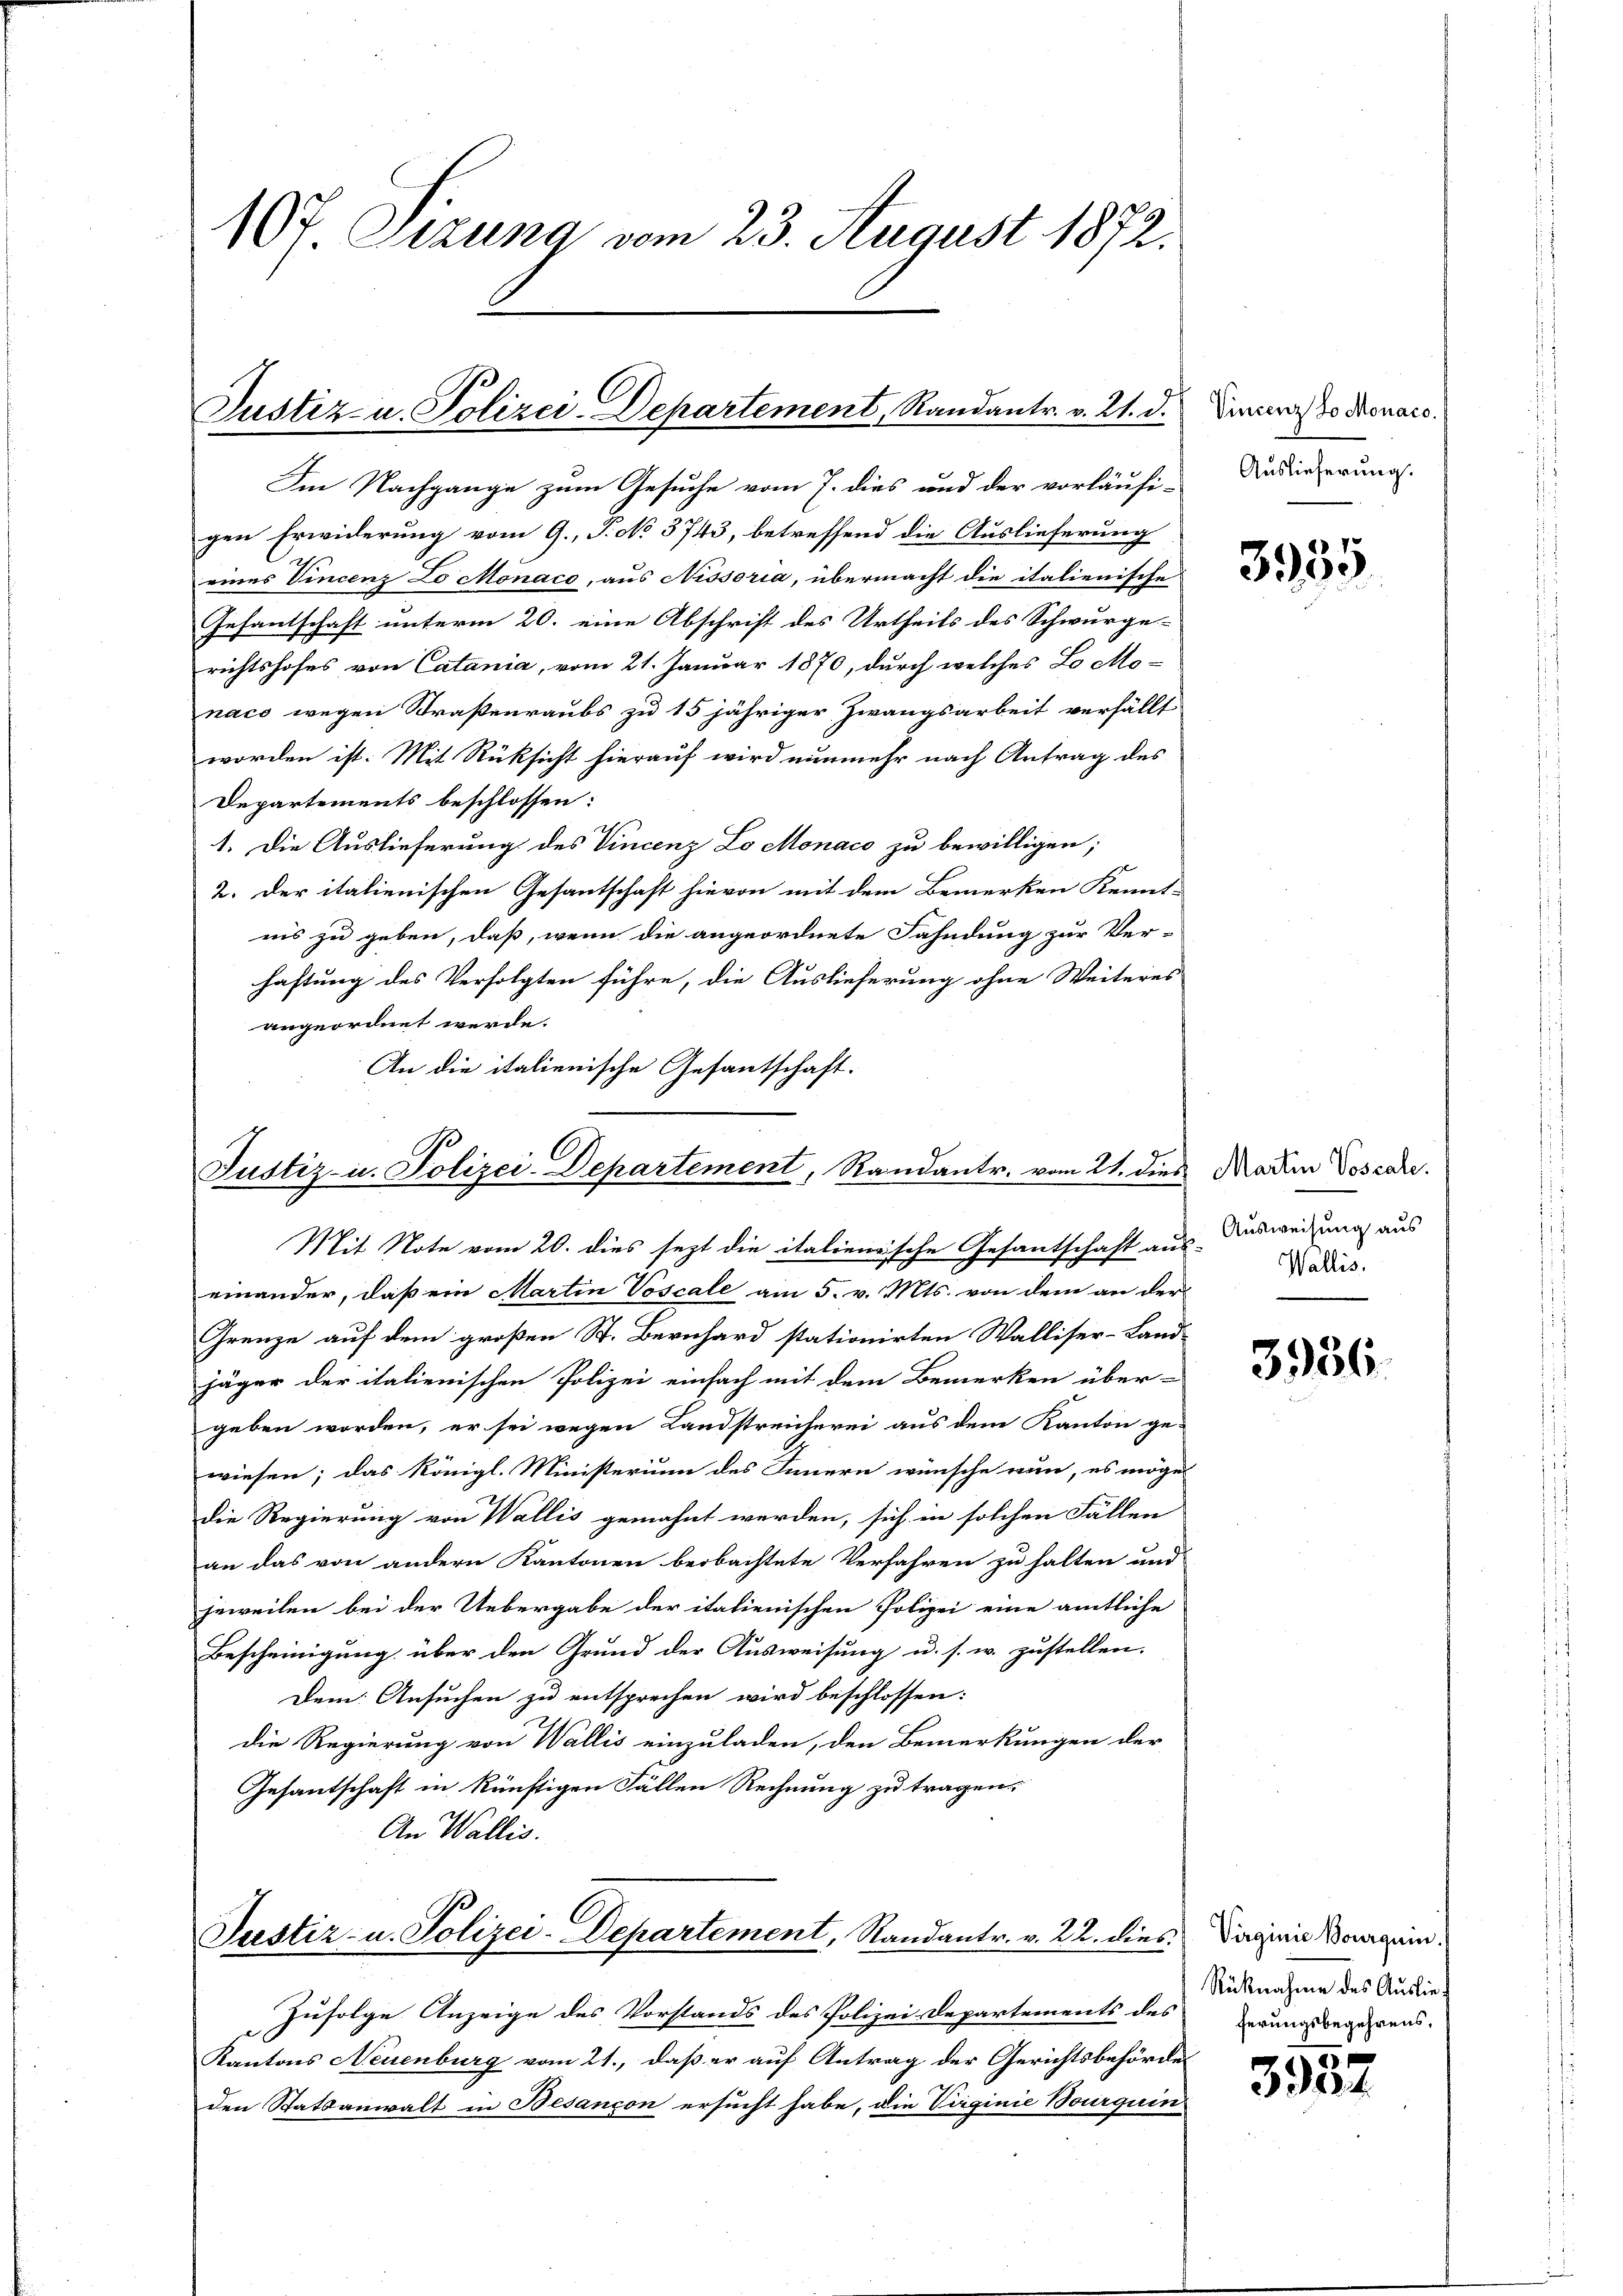
107 Etzung vom 23. August 1872.

Justiz u. Polizei-Departement, Randantr. v. 21. d.

Justiz- u. Polizei-Departement, Randantr. vom 21. dies Marie Doscere.
Mit Note vom 20. dies sezt die italienische Gesantschaft aus-

einander, daß ein Martin Voscale am 5. v. Mts. von dem an der
Grenze auf dem großen St. Bernhard stationirten Walliser-Land-
jäger der italienischen Polizei einfach mit dem Bemerken über-
geben worden, er sei wegen Landstreicherei aus dem Kanton ge-
wiesen; das königl. Ministerium des Innern wünsche nun, es möge
die Regierung von Wallis gemahnt werden, sich in solchen Fällen
an das von andern Kantonen beobachtete Verfahren zu halten und
jeweilen bei der Uebergabe der italienischen Polizei eine amtliche
Bescheinigung über den Grund der Ausweisung u. s. w. zustellen.
Dem Ansuchen zu entsprechen wird beschlossen:
die Regierung von Wallis einzuladen, den Bemerkungen der
Gesantschaft in künftigen Fällen Rechnung zu tragen,
An Wallis.

eines Vincenz Lo Monaco, aus Nissoria, übermacht die italienische
Gesantschaft unterm 20. eine Abschrift des Urtheils des Schwurge-
richtshofes von Catania, vom 21. Januar 1870, durch welches Lo Mo-
naco wegen Straßenraubs zu 15 jähriger Zwangsarbeit verfällt
worden ist. Mit Rücksicht hierauf wird nunmehr nach Antrag des
Departements beschlossen:
1. Die Auslieferung des Vincenz Lo Monaco zu bewilligen;
2. Der italienischen Gesantschaft hievon mit dem Bemerken Kennt-
nis zu geben, daß, wenn die angeordnete Fahndung zur Ver-
haftung des Verfolgten führe, die Auslieferung ohne Weiteres
angeordnet werde.
An die italienische Gesantschaft.

Im Nachgange zum Gesuche vom 7. dies und der vorläufi-
gen Erwiderung vom 9. J. No 3743, betreffend die Auslieferung

Justiz- u. Polizei-Departement, Standantr. v. 22. dies

Zufolge Anzeige des Vorstands des Polizei-Departements des
Kantons Neuenburg vom 21., daß er auf Antrag der Gerichtsbehörde
den Statsanwalt in Besançon ersucht habe, die Virginie Bourquin

Vincenz Jo Monaco.
Auslieferung.

3955

Ausweisung aus
Wallis.

3936.

Virginie Bourquin.
Rücknahme des Auslief
ferungsbegehrens,

3952